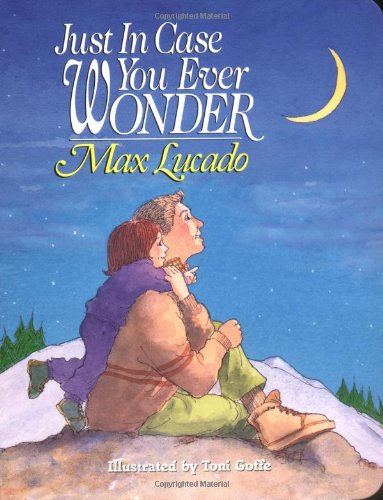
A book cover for Just In Case You Ever Wonder; Max Lucado; Christian Books & Bibles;